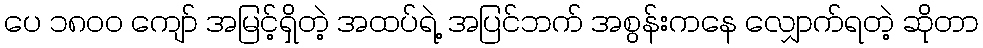
ပေ ၁၈၀၀ ကျော် အမြင့်ရှိတဲ့ အထပ်ရဲ့ အပြင်ဘက် အစွန်းကနေ လျှောက်ရတဲ့ ဆိုတာ